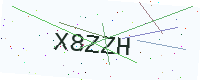
Text: X8ZZH